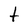
Character: t